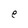
Character: e